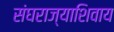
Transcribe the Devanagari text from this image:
संघराज्याशिवाय